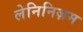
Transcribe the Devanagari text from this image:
लेनिनिज़म